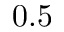
0 . 5